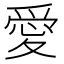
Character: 愛